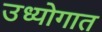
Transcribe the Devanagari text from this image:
उध्योगात